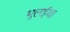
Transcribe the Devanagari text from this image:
भुलईया